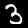
Label: 3